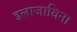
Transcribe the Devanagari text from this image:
इलाजाविना